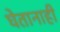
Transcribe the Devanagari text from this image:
घेतानाही